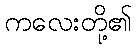
ကလေးတို့၏